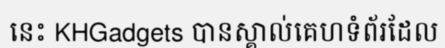
នេះ KHGadgets បានស្គាល់គេហទំព័រដែល